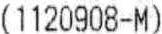
(1120908-M)